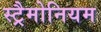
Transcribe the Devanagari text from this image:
स्ट्रैमोनियम